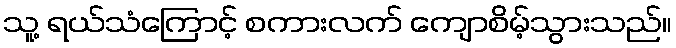
သူ့ ရယ်သံကြောင့် စကားလက် ကျောစိမ့်သွားသည်။